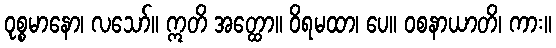
ဝုစ္စမာနော၊ လသော်။ ဣတိ အတ္ထော။ ဝိရမထာ၊ ပေ။ ဝစနာယာတိ၊ ကား။